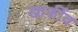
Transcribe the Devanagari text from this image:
खार्कीव